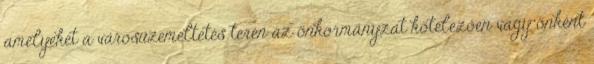
amelyeket a városüzemeltetés terén az önkormányzat kötelezően vagy önként